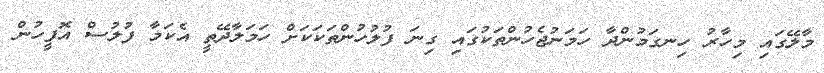
މާލޭގައި މިހާރު ހިނގަމުންދާ ހަމަނުޖެހުންތަކުގައި ގިނަ ފުލުހުންތަކަކަށް ހަމަލާދޭތީ އެކަމާ ފުލުސް އޮފީހުން